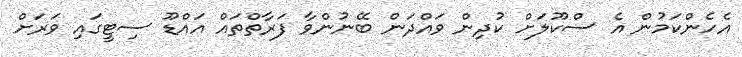
އެހެންކަމުން އެ ސްކޫލަށް ކުދިން ވައްދަން ބޭނުންވާ ފަރާތްތައް އައްޑޫ ސިޓީގައި ވަރަށް